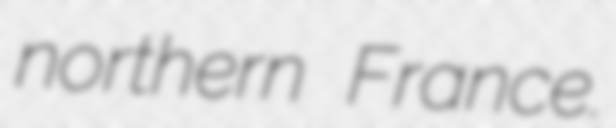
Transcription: northern France.